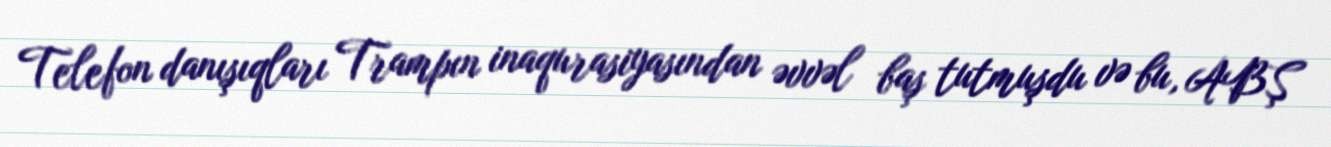
Telefon danışıqları Trampın inaqurasiyasından əvvəl baş tutmuşdu və bu, ABŞ